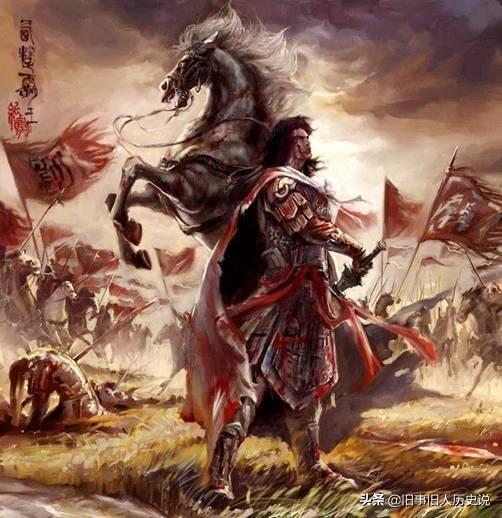
江东子弟今虽在，肯与君王卷土来？